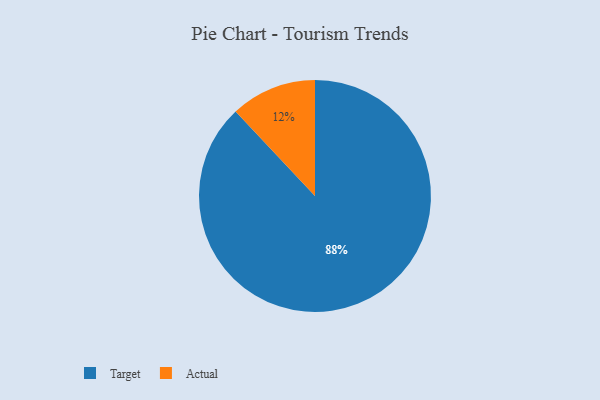
{"axis": {"x": "Category", "y": "Percentage"}, "legend": ["Actual", "Target"], "data": [{"x": "Actual", "y": 12, "type": "Actual"}, {"x": "Target", "y": 88, "type": "Target"}]}